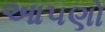
આ૫ણો